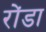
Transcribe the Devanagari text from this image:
रोंडा